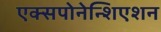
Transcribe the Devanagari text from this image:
एक्सपोनेन्शिएशन